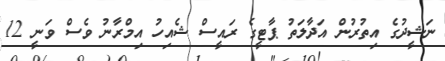
ނަޝީދުގެ އިތުރުން އަދާލަތު ޕާޓީގެ ރައީސް ޝެއިހު އިމްރާނު ވެސް ވަނީ 12